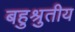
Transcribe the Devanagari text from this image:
बहुश्रुतीय